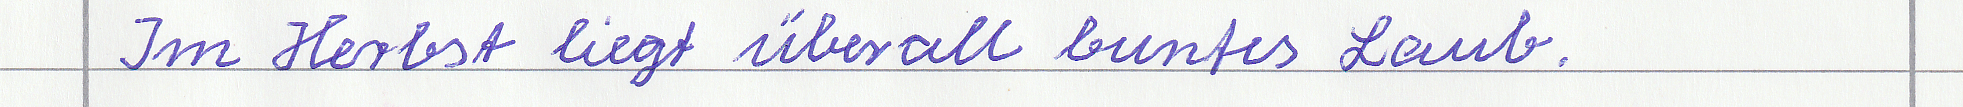
Im Herbst liegt überall buntes Laub.